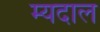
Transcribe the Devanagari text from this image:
म्यदाल